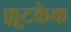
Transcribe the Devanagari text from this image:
फ़्रूटकेक